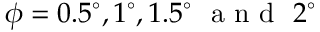
\phi = 0 . 5 ^ { \circ } , 1 ^ { \circ } , 1 . 5 ^ { \circ } ~ \mathrm { ~ a ~ n ~ d ~ } ~ 2 ^ { \circ }